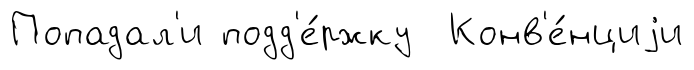
Попадал'и подд'е́ржку Конв'е́нциjи